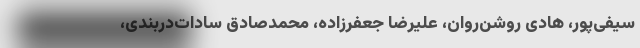
سیفی‌پور، هادی روشن‌روان، علیرضا جعفرزاده، محمدصادق سادات‌دربندی،